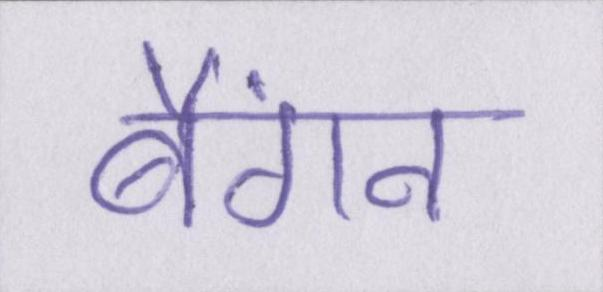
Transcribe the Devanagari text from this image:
बैंगन